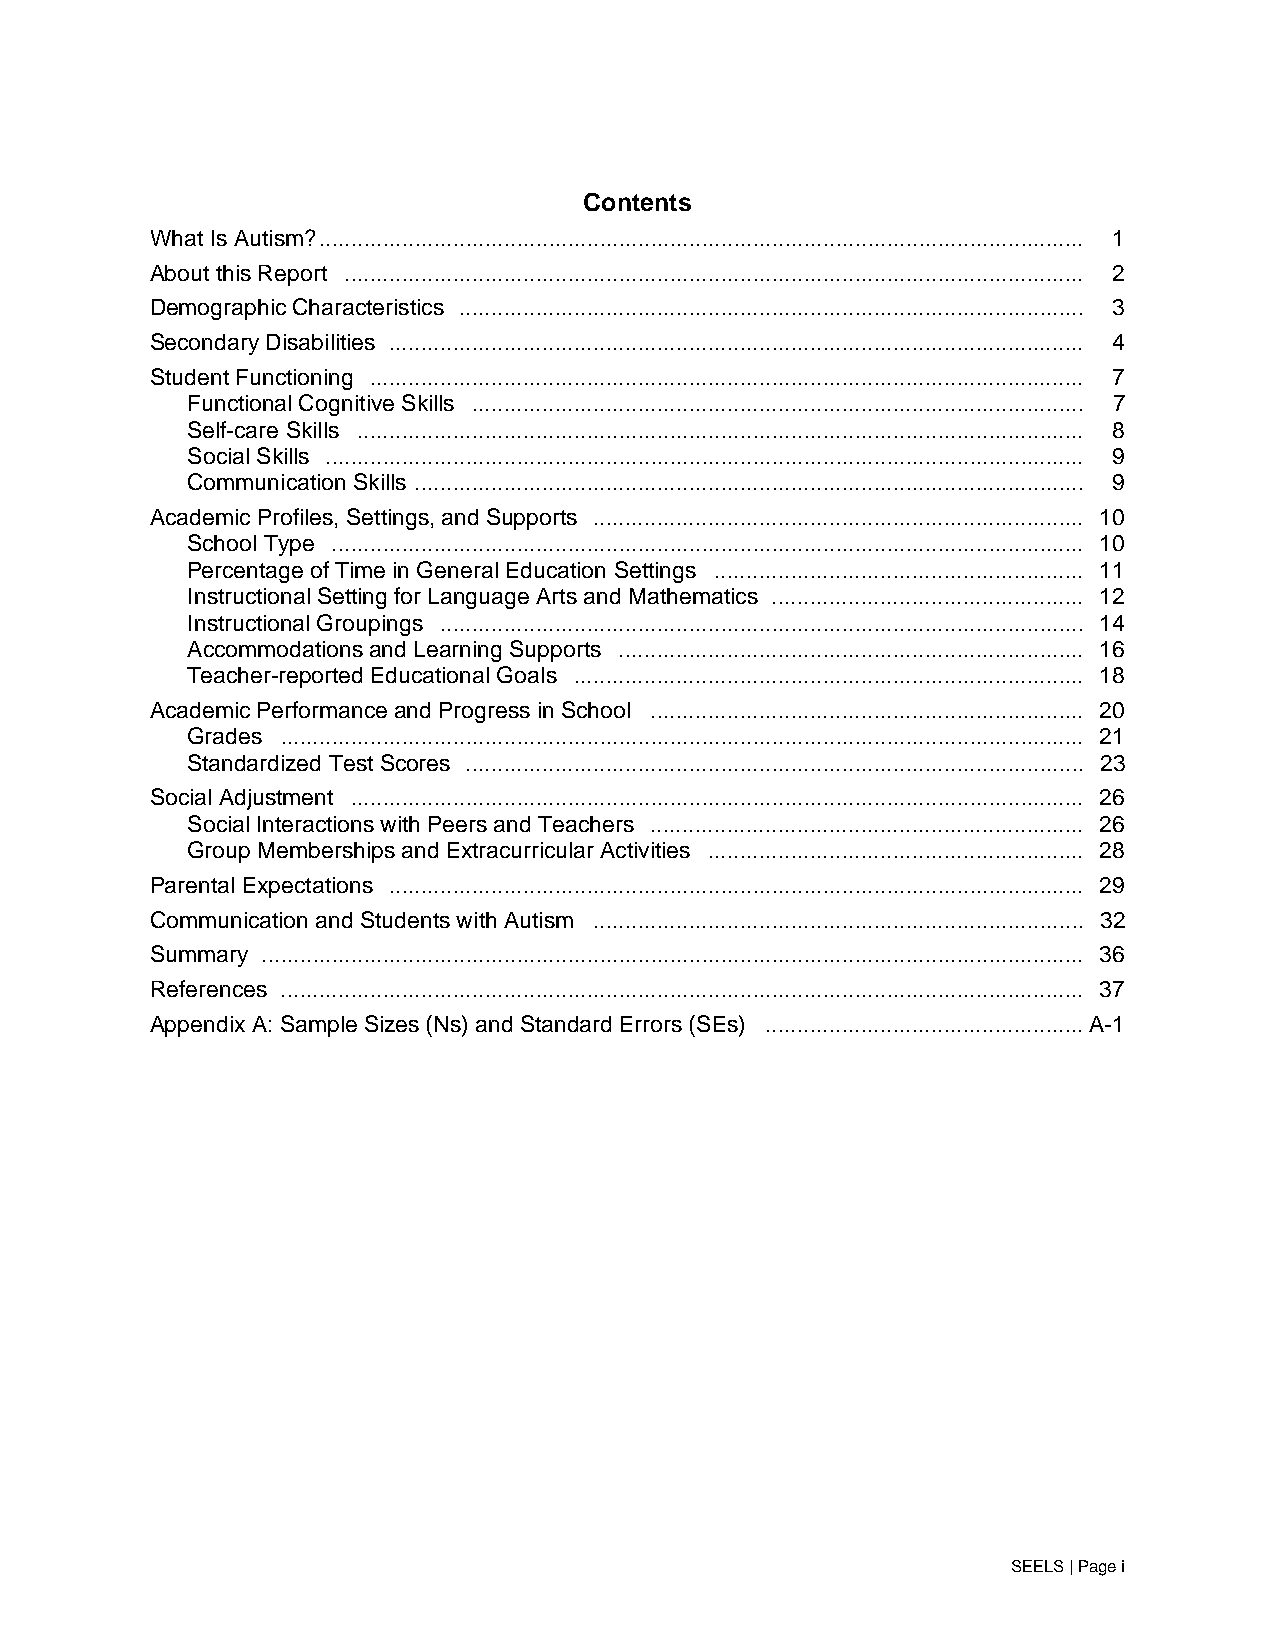
Contents
 What Is Autism?........................................................................................................................ 1
 About this Report .................................................................................................................... 2
 Demographic Characteristics .................................................................................................. 3
 Secondary Disabilities ............................................................................................................. 4
 Student Functioning ................................................................................................................ 7
 Functional Cognitive Skills ................................................................................................ 7
 Self-care Skills .................................................................................................................. 8
 Social Skills ....................................................................................................................... 9
 Communication Skills ......................................................................................................... 9
 Academic Profiles, Settings, and Supports ............................................................................. 10
 School Type ...................................................................................................................... 10
 Percentage of Time in General Education Settings .......................................................... 11
 Instructional Setting for Language Arts and Mathematics ................................................. 12
 Instructional Groupings ..................................................................................................... 14
 Accommodations and Learning Supports ......................................................................... 16
 Teacher-reported Educational Goals ................................................................................ 18
 Academic Performance and Progress in School .................................................................... 20
 Grades .............................................................................................................................. 21
 Standardized Test Scores ................................................................................................. 23
 Social Adjustment ................................................................................................................... 26
 Social Interactions with Peers and Teachers .................................................................... 26
 Group Memberships and Extracurricular Activities ........................................................... 28
 Parental Expectations ............................................................................................................. 29
 Communication and Students with Autism ............................................................................. 32
 Summary ................................................................................................................................. 36
 References .............................................................................................................................. 37
 Appendix A: Sample Sizes (Ns) and Standard Errors (SEs) .................................................. A-1
 SEELS | Page i